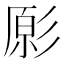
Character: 𭛔